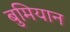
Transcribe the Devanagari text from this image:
बुमियान